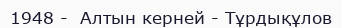
1948 -  Алтын керней - Тұрдықұлов